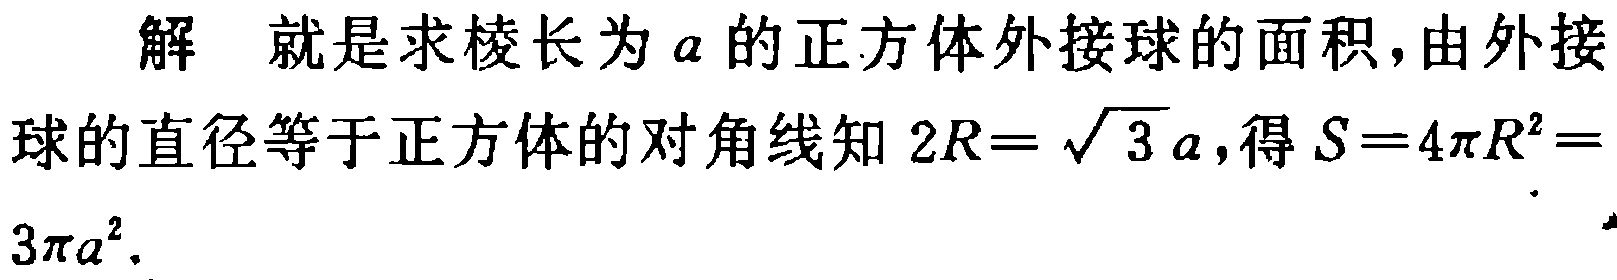
解 就是求棱长为\(a\)的正方体外接球的面积,由外接球的直径等于正方体的对角线知\(2R = \sqrt{3}a\),得\(S = 4\pi R^{2}=3\pi a^{2}\).